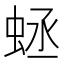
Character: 𧊴